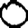
Digit: 0